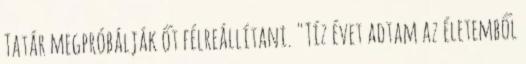
Tatár megpróbálják őt félreállítani. "Tíz évet adtam az életemből